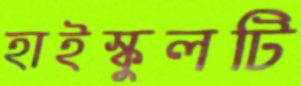
হাইস্কুলটি